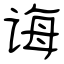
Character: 诲